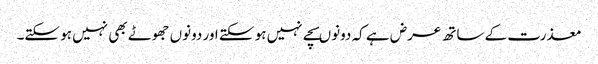
معذرت کے ساتھ عرض ہے کہ دونوںسچے نہیں ہو سکتے اور دونوں جھوٹے بھی نہیں ہو سکتے۔